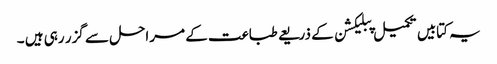
یہ کتابیں تکمیل پبلیکشن کے ذریعے طباعت کے مراحل سے گزر رہی ہیں ۔